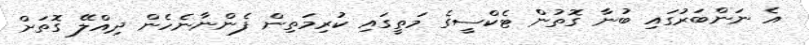
އެ ނަންބަރުގައި ބުނާ ގޮތުން ޓެކްސީގެ މަތީގައި ކުރިމަތިން ފެންނާނެހެން ދިއްލޭ ގޮތަށް